Vaccination United Provinces of Agra and Oudh 1914-1922 - 1914-1922
Year: 1914
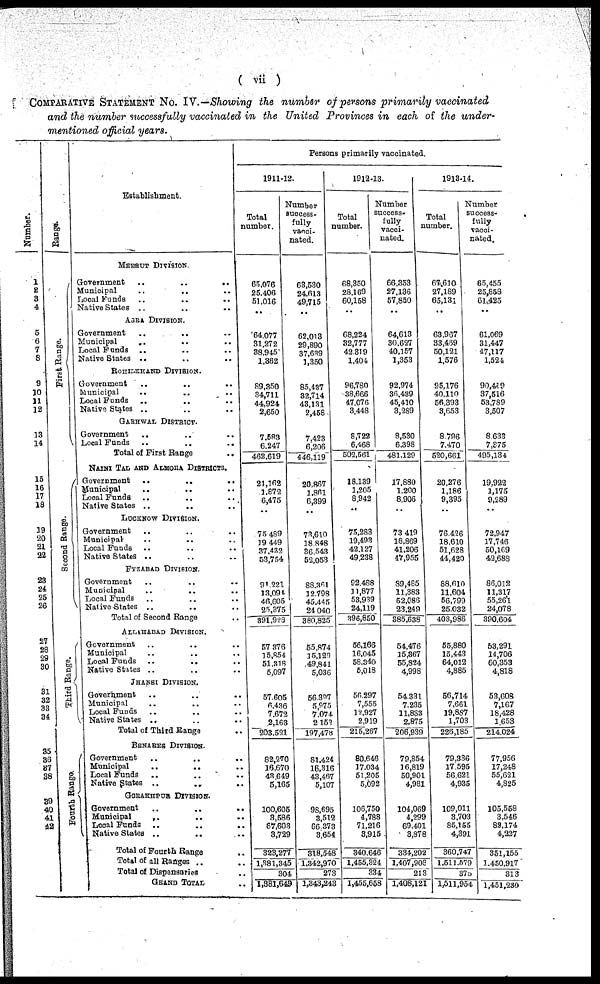
( vii )
COMPARATIVE STATEMENT No. IV.—Showing the number of persons primarily vaccinated
and the number successfully vaccinated in the United Provinces in each of the under-
mentioned official years.
Number.
1
2 3
4
5
6
7
8
9
10
11
12
13
14
15
16
17
18
19
20
21
22
23
24
25
26
27
28
29
30
31
32
33
34
35
36
37
38
39
40
41
42
Range.
First Range.
Second Range.
Third Range.
Fourth Range.
Establishment.
MEERUT DIVISION
Government
..
..
..
Municipal .. .. ..
Local Funds .. .. ..
Native States .. .. ..
AGRA DIVISION.
Government .. .. ..
Municipal .. .. ..
Local Funds .. .. ..
Native States .. .. ..
ROHILKHAND DIVISION.
Government .. .. ..
Municipal
..
..
..
Local Funds .. .. ..
Native States .. .. ..
GARHWAL DISTRICT.
Government .. .. ..
Local Funds
..
..
..
Total of First Range ..
NAINI TAL AND ALMORA DISTRICTS.
Government
..
..
..
Municipal .. .. ..
Local Funds .. .. ..
Native States .. .. ..
LUCKNOW DIVISION.
Government .. .. ..
Municipal .. .. ..
Local Funds .. .. ..
Native States .. .. ..
FYZABAD DIVISION.
Government .. .. ..
Municipal .. .. ..
Local Funds .. .. ..
Native States .. .. ..
Total of Second Range ..
ALLAHABAD DIVISION.
Government .. .. ..
Municipal .. .. ..
Local Funds
..
..
..
Native States .. .. ..
JHANSI DIVISION.
Government .. .. ..
Municipal .. .. ..
Local Funds .. .. ..
Native States .. .. ..
Total of Third Range ..
BENARES DIVISION.
Government
..
..
..
Municipal
..
..
..
Local Funds .. .. ..
Native States .. .. ..
GORAKHPUR DIVISION.
Government
..
..
..
Municipal .. .. ..
Local Funds .. .. ..
Native States .. .. ..
Total of Fourth Range ..
Total of all Ranges ..
Total of Dispensaries
..
GRAND TOTAL ..
Persons primarily vaccinated.
1911-12.
Total
number.
65,076
25,406
51,016
..
64,077
31,272
38,945
1,362
89,850
34,711
44,924
2,650
7,583
6,247
462,619
21,162
1,872
6,475
..
75,489
19,449
37,432
53,754
91,221
13,094
46,605
25,375
391,928
57,376
15,854
51,318
5,097
57,605
6,436
7,672
2,163
203,521
82,270
16,670
43,649
5,165
100,605
3,586
67,603
3,729
323,277
1,381,345
304
1,381,649
Number
success-
fully
vacci-
nated.
63,530
24,613
49,715
..
62,013
29,890
37,639
1,350
85,437
32,714
43,131
2,458
7,423
6,206
446,119
20,867
1,861
6,399
..
73,610
18,848
36,543
52,053
88,361
12,798
45,445
24,040
380,825
55,874
15,129
49,841
5,036
56,397
5,975
7,074
2,152
197,478
81,424
16,316
43,467
5,107
98,695
3,512
66,373
3,654
318,548
1,342,970
273
1,343,243
1912-13.
Total
number.
68,350
28,169
60,158
..
68,224
32,777
42,319
1,404
96,780
38,666
47,076
3,448
8,722
6,468
502,561
18,139
1,205
8,942
..
75,283
19,493
42,127
49,238
92,488
11,877
53,939
24,119
396,850
56,166
16,045
58,340
5,018
56,297
7,555
12,927
2,919
215,267
80,646
17,034
51,205
5,092
106,750
4,788
71,216
3,915
340,646
1,455,324
334
1,455,658
Number
success-
fully
vacci-
nated.
66,353
27,136
57,850
..
64,613
30,627
40,157
1,353
92,974
36,439
45,410
3,289
8,530
6,398
481,129
17,880
1,200
8,906
..
73,419
18,869
41,206
47,955
89,485
11,383
52,086
23,249
385,638
54,476
15,867
55,824
4,998
54,331
7,235
11,833
2,875
206,939
79,854
16,819
50,901
4,981
104,069
4,299
69,401
3,878
334,202
1,407,908
213
1,408,121
1913-14.
Total
number.
67,610
27,189
65,131
..
63,967
33,469
50,121
1,576
95,176
40,110
56,393
3,653
8,796
7,470
520,661
20,276
1,186
9,395
..
76,426
18,610
51,628
44,420
88,610
11,604
56,799
25,032
403,986
55,880
15,443
64,012
4,885
56,714
7,661
19,887
1,703
226,185
79,336
17,595
56,621
4,935
109,011
3,703
85,155
4,391
360,747
1,511,579
373
1,511,954
Number
success-
fully
vacci-
nated.
65,455
25,858
61,425
..
61,069
31,447
47,117
1,524
90,419
37,516
53,789
3,507
8,633
7,975
495,134
19,922
1,175
9,289
..
72,947
17,746
50,169
42,688
86,012
11,317
55,261
24,078
390,604
53,291
14,706
60,353
4,818
53,608
7,167
18,428
1,653
214,024
77,956
17,248
55,621
4,825
105,558
3,546
82,174
4,227
351,155
1,450,917
313
1,451,230